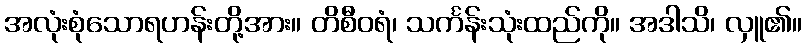
အလုံးစုံသောရဟန်းတို့အား။ တိစီဝရံ၊ သင်္ကန်းသုံးထည်ကို။ အဒါသိ၊ လှူ၏။